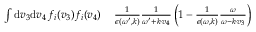
\begin{array} { r l } { \int \mathrm { d } \boldsymbol { v } _ { 3 } \mathrm { d } \boldsymbol { v } _ { 4 } \, f _ { i } ( \boldsymbol { v } _ { 3 } ) f _ { i } ( \boldsymbol { v } _ { 4 } ) \, } & { { } \frac { 1 } { \epsilon ( \omega ^ { \prime } , \boldsymbol { k } ) } \frac { 1 } { \omega ^ { \prime } + \boldsymbol { k } \cdot \boldsymbol { v } _ { 4 } } \left( 1 - \frac { 1 } { \epsilon ( \omega , \boldsymbol { k } ) } \frac { \omega } { \omega - \boldsymbol { k \cdot v } _ { 3 } } \right) } \end{array}